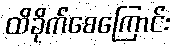
ထိခိုက်စေကြောင်း